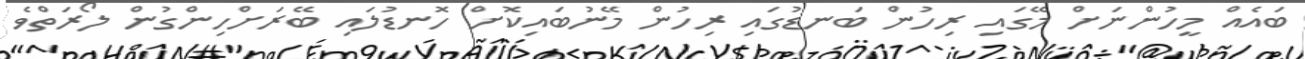
ބައެއް މީހުންނަށް މޭގައި ރިހުން ބަނޑުގައި ރިހުން މޭނުބައިކޮށް ހޮނޑުލައި ބޭރަށްހިންގުން ލޯރަތްވެ